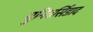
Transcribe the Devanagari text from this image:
युनिवर्सिडाद